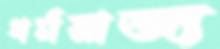
ধর্মরাজ্য